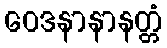
ဝေဒနာနာနတ္တံ